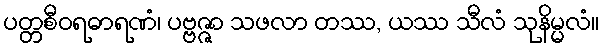
ပတ္တစီဝရဓာရဏံ၊ ပဗ္ဗဇ္ဇာ သဖလာ တဿ, ယဿ သီလံ သုနိမ္မလံ။